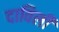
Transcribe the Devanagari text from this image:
दाविलीं